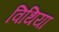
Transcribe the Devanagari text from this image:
विथिया